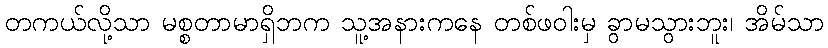
တကယ်လို့သာ မစ္စတာမာရှိဘက သူ့အနားကနေ တစ်ဖဝါးမှ ခွာမသွားဘူး၊ အိမ်သာ